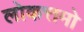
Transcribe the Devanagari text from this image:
लोकत्तमो